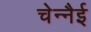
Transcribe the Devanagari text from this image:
चेन्नैई